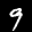
Label: 9